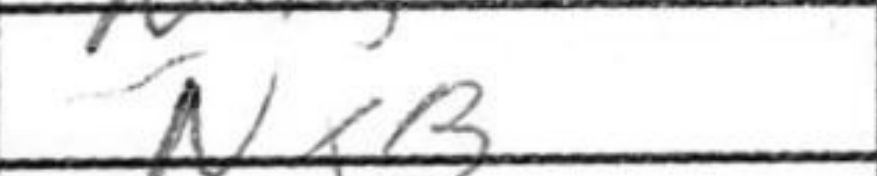
Transcription: NxB